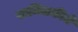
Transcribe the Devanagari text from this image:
सामिलकीचे